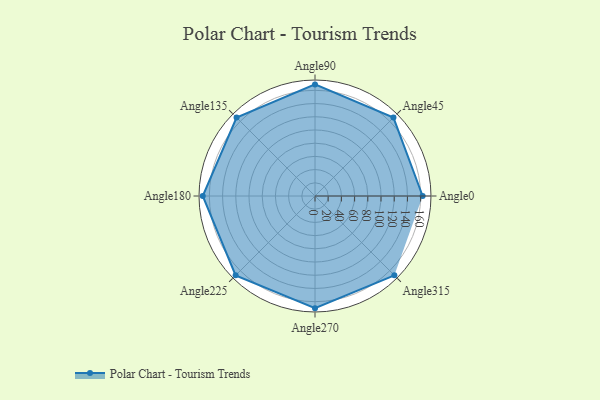
{"axis": {"x": "Angle", "y": "Radius"}, "legend": [""], "data": [{"x": "Angle0", "y": 163.0, "type": ""}, {"x": "Angle45", "y": 168.0, "type": ""}, {"x": "Angle90", "y": 169.0, "type": ""}, {"x": "Angle135", "y": 168.0, "type": ""}, {"x": "Angle180", "y": 170, "type": ""}, {"x": "Angle225", "y": 170, "type": ""}, {"x": "Angle270", "y": 170, "type": ""}, {"x": "Angle315", "y": 170, "type": ""}]}